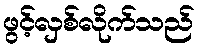
ဖွင့်လှစ်လိုက်သည်